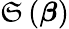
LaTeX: \mathfrak{S}\left({\boldsymbol{\beta}}\right)